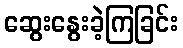
ဆွေးနွေးခဲ့ကြခြင်း